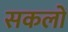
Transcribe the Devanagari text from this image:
सकलों